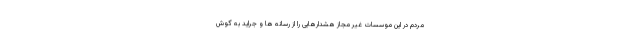
مردم در این موسسات غیر مجاز هشدارهایی را از رسانه ها و جراید به گوش